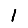
Digit: 1